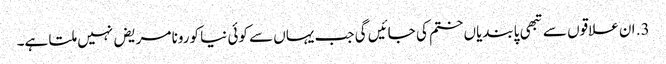
3. ان علاقوں سے تبھی پابندیاں ختم کی جائیں گی جب یہاں سے کوئی نیا کورونا مریض نہیں ملتا ہے۔